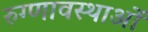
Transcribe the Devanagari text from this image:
रुग्णावस्थाओं